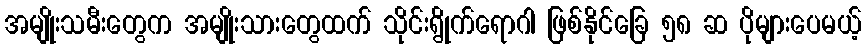
အမျိုးသမီးတွေက အမျိုးသားတွေထက် သိုင်းရွိုက်ရောဂါ ဖြစ်နိုင်ခြေ ၅၈ ဆ ပိုများပေမယ့်